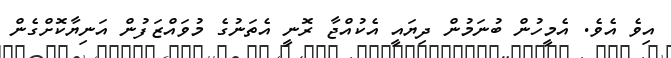
އިވެ އެވެ. އެމީހުން ބުނަމުން ދިޔައީ އެކުއްޖާ ރޮނީ އެތަނުގެ މުވައްޒަފުން އަނިޔާކޮށްގެން